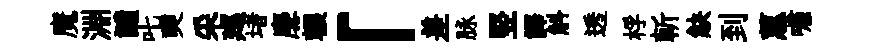
魔淵譴叱奭采廵堵麐輾「差脉竪譯斛透桴斬觖到蕙嘯